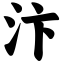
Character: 汴